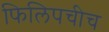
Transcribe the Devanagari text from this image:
फिलिपचीच